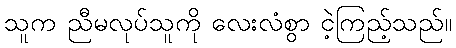
သူက ညီမလုပ်သူကို လေးလံစွာ ငဲ့ကြည့်သည်။